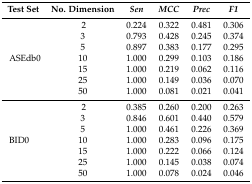
<table><thead><tr><td><b>Test Set</b></td><td><b>No. Dimension</b></td><td><b><i>Sen</i></b></td><td><b><i>MCC</i></b></td><td><b><i>Prec</i></b></td><td><b><i>F1</i></b></td></tr></thead><tbody><tr><td rowspan="7">ASEdb0</td><td>2</td><td>0.224</td><td>0.322</td><td>0.481</td><td>0.306</td></tr><tr><td>3</td><td>0.793</td><td>0.428</td><td>0.245</td><td>0.374</td></tr><tr><td>5</td><td>0.897</td><td>0.383</td><td>0.177</td><td>0.295</td></tr><tr><td>10</td><td>1.000</td><td>0.299</td><td>0.103</td><td>0.186</td></tr><tr><td>15</td><td>1.000</td><td>0.219</td><td>0.062</td><td>0.116</td></tr><tr><td>25</td><td>1.000</td><td>0.149</td><td>0.036</td><td>0.070</td></tr><tr><td>50</td><td>1.000</td><td>0.081</td><td>0.021</td><td>0.041</td></tr><tr><td rowspan="7">BID0</td><td>2</td><td>0.385</td><td>0.260</td><td>0.200</td><td>0.263</td></tr><tr><td>3</td><td>0.846</td><td>0.601</td><td>0.440</td><td>0.579</td></tr><tr><td>5</td><td>1.000</td><td>0.461</td><td>0.226</td><td>0.369</td></tr><tr><td>10</td><td>1.000</td><td>0.283</td><td>0.096</td><td>0.175</td></tr><tr><td>15</td><td>1.000</td><td>0.222</td><td>0.066</td><td>0.124</td></tr><tr><td>25</td><td>1.000</td><td>0.145</td><td>0.038</td><td>0.074</td></tr><tr><td>50</td><td>1.000</td><td>0.078</td><td>0.024</td><td>0.046</td></tr></tbody></table>